Annual report of the Prince of Wales Medical College, Patna
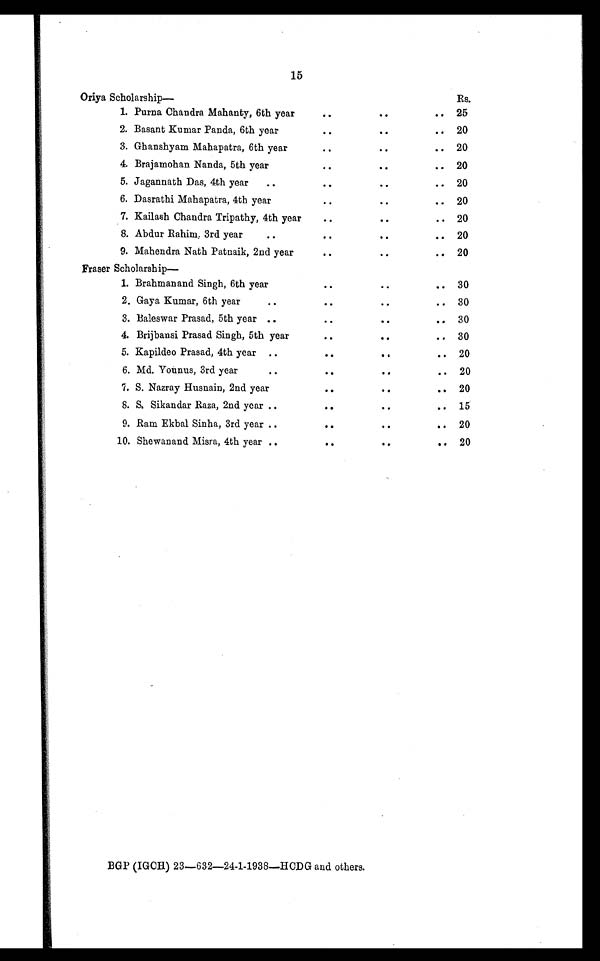
15
Oriya Scholarship—
Rs.
1. Purna Chandra Mahanty, 6th year
. .
. .
. . 25
2. Basant Kumar Panda, 6th year
. .
. .
. . 20
3. Ghanshyam Mahapatra, 6th year
. .
. .
. . 20
4. Brajamohan Nanda, 5th year
. .
. .
. . 20
5. Jagannath Das, 4th year
. .
. .
. .
. . 20
6. Dasrathi Mahapatra, 4th year
. .
. .
. . 20
7. Kailash Chandra Tripathy, 4th year
. .
. .
. . 20
8. Abdur Rahim, 3rd year
. .
. .
. .
. .
20
9. Mahendra Nath Patnaik, 2nd year
. .
. .
. .
20
Fraser Scholarship
—
1. Brahmanand Singh, 6th year
. .
. .
. .
30
2. Gaya Kumar, 6th year
. .
. .
. .
. . 30
3. Baleswar Prasad, 5th year
. .
. .
. .
. . 30
4. Brijbansi Prasad Singh, 5th year
. .
. .
. . 30
5. Kapildeo Prasad, 4th year
. .
. .
. .
. .
20
6. Md. Younus, 3rd year
. .
. .
. .
. .
20
7. S. Nazray Husnain, 2nd year
. .
. .
. .
20
8. S. Sikandar Raza, 2nd year
. .
. .
. .
. .
15
9. Ram Ekbal Sinha, 3rd year
. .
. .
. .
. .
20
10. Shewanand Misra, 4th year
. .
. .
. .
. .
20
BGP (IGCH) 23—632—24-1-1938—HCDG and others.